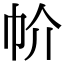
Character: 㠹